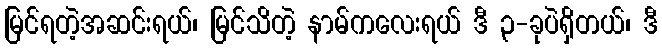
မြင်ရတဲ့အဆင်းရယ်၊ မြင်သိတဲ့ နာမ်ကလေးရယ် ဒီ ၃-ခုပဲရှိတယ်၊ ဒီ